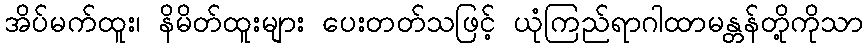
အိပ်မက်ထူး၊ နိမိတ်ထူးများ ပေးတတ်သဖြင့် ယုံကြည်ရာဂါထာမန္တန်တို့ကိုသာ